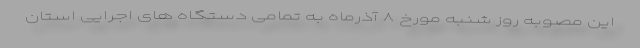
این مصوبه روز شنبه مورخ ۸ آذرماه به تمامی دستگاه های اجرایی استان